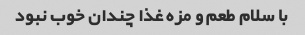
با سلام طعم و مزه غذا چندان خوب نبود